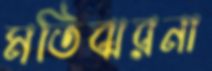
মতিঝরনা